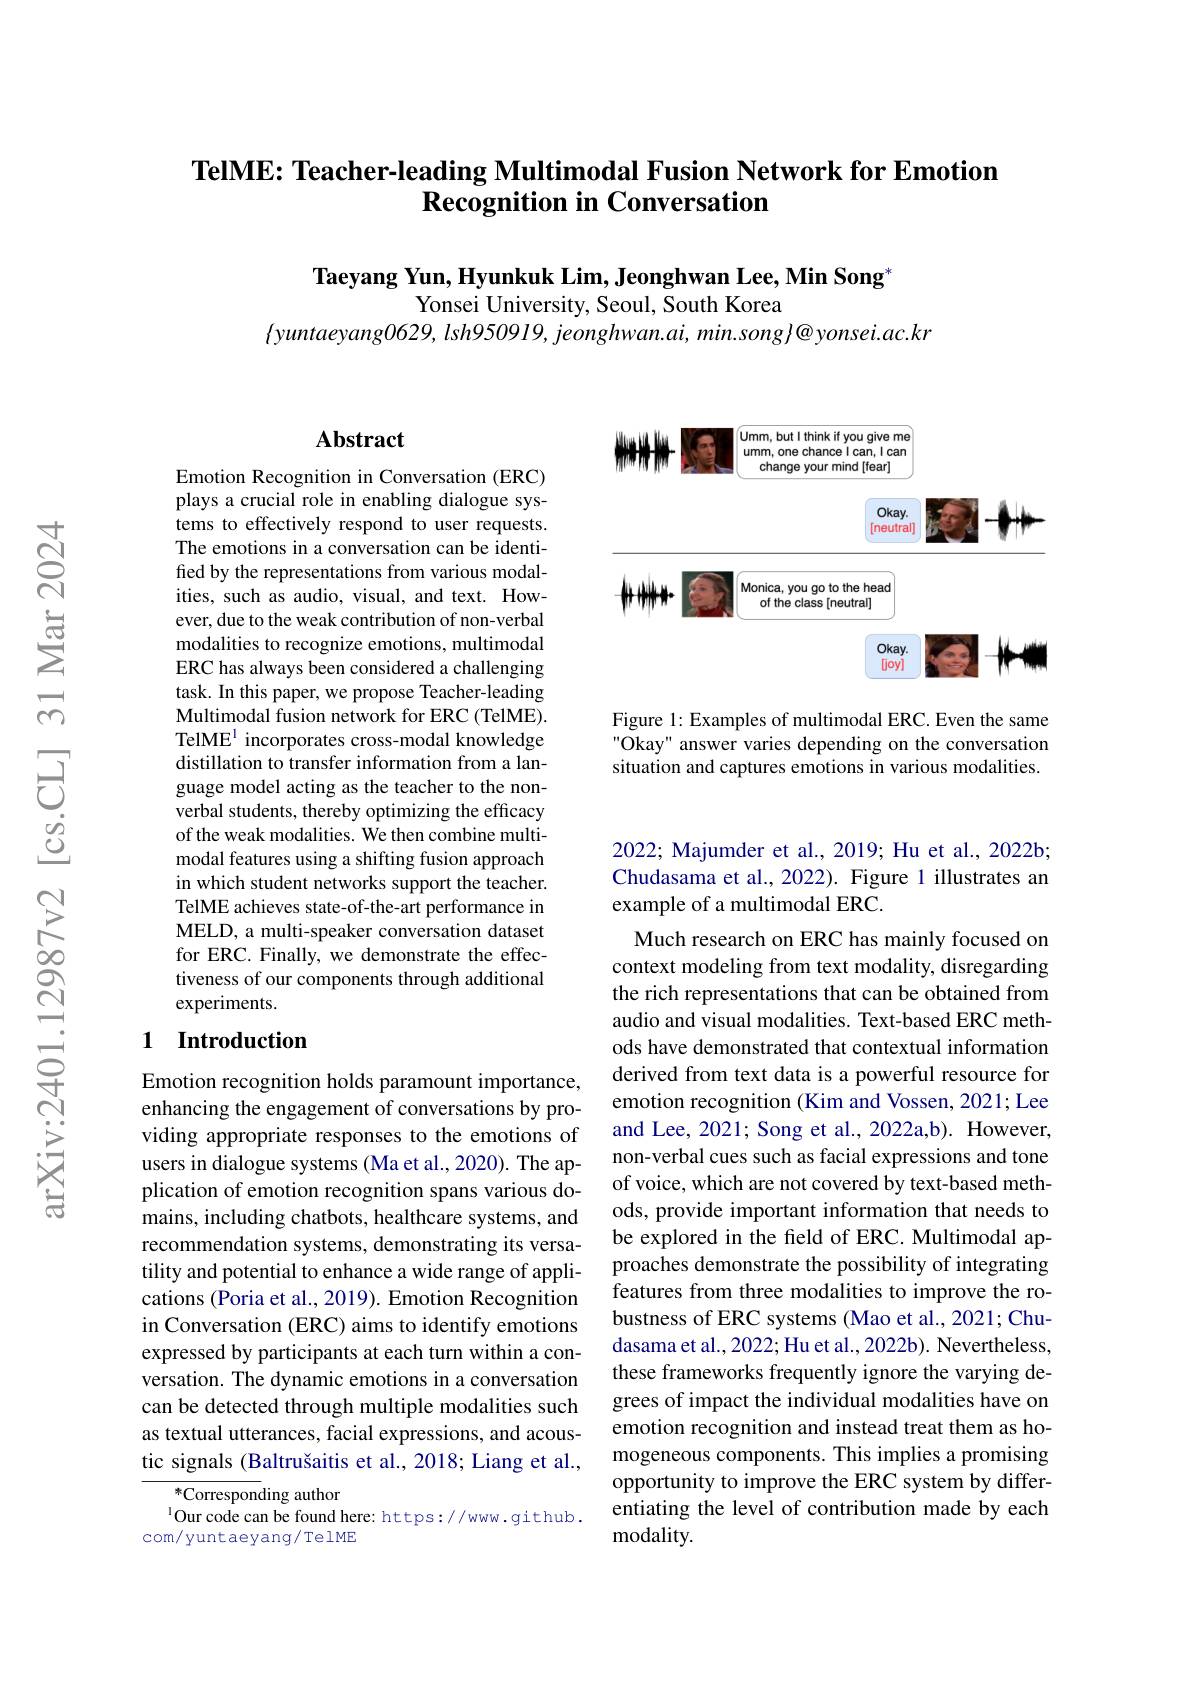
### TelME: Teacher-leading Multimodal Fusion Network for Emotion $\textbf{Recognition in Conversation}$

$\textbf{Taeyang Yun, Hyunkuk Lim, Jeonghwan Lee, Min Song}^*$
Yonsei University, Seoul, South Korea
$\langle yuntaeyang0629$, $lsh950919$, $jeonghwan. ai$, $min. song@ yonsei. ac. kr$

<FigureHere>

Figure 1: Examples of multimodal ERC. Even the same Okay" answer varies depending on the conversation situation and captures emotions in various modalities.

## Abstract

Emotion Recognition in Conversation (ERC) plays a crucial role in enabling dialogue systems to effectively respond to user requests. The emotions in a conversation can be identified by the representations from various modalities, such as audio, visual, and text. However, due to the weak contribution of non-verbal modalities to recognize emotions, multimodal ERC has always been considered a challenging task. In this paper, we propose Teacher-leading Multimodal fusion network for ERC (TelME). TelME$^{1}$ incorporates cross-modal knowledge distillation to transfer information from a language model acting as the teacher to the nonverbal students, thereby optimizing the efficacy of the weak modalities. We then combine multimodal features using a shifting fusion approach in which student networks support the teacher. TelME achieves state-of-the-art performance in MELD, a multi-speaker conversation dataset for ERC. Finally, we demonstrate the effectiveness of our components through additional experiments.

## 1 Introduction

Emotion recognition holds paramount importance, enhancing the engagement of conversations by providing appropriate responses to the emotions of users in dialogue systems (Ma et al., 2020). The application of emotion recognition spans various domains, including chatbots, healthcare systems, and recommendation systems, demonstrating its versatility and potential to enhance a wide range of applications (Poria et al., 2019). Emotion Recognition in Conversation (ERC) aims to identify emotions expressed by participants at each turn within a conversation. The dynamic emotions in a conversation can be detected through multiple modalities such as textual utterances, facial expressions, and acoustic signals (Baltrušaitis et al., 2018; Liang et al.,

${}^{*}$Corresponding author
$^{1}\dot{\text{Our code can be found here: https://ww.github.}}$
com/ yuntaeyang/ TelME

2022; Majumder et al., 2019; Hu et al., 2022b; Chudasama et al., 2022). Figure 1 illustrates an example of a multimodal ERC.

Much research on ERC has mainly focused on context modeling from text modality, disregarding the rich representations that can be obtained from audio and visual modalities. Text-based ERC methods have demonstrated that contextual information derived from text data is a powerful resource for emotion recognition (Kim and Vossen, 2021; Lee and Lee, 2021; Song et al., 2022a,b). However, non-verbal cues such as facial expressions and tone of voice, which are not covered by text-based methods, provide important information that needs to be explored in the feld of ERC. Multimodal approaches demonstrate the possibility of integrating features from three modalities to improve the robustness of ERC systems (Mao et al., 2021; Chudasama et al., 2022; Hu et al., 2022b). Nevertheless, these frameworks frequently ignore the varying degrees of impact the individual modalities have on emotion recognition and instead treat them as homogeneous components. This implies a promising opportunity to improve the ERC system by differentiating the level of contribution made by each modality.